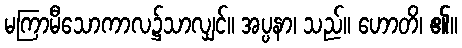
မကြာမီသောကာလ၌သာလျှင်။ အပ္ပနာ၊ သည်။ ဟောတိ၊ ၏။